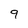
Character: 9